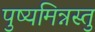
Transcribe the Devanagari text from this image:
पुष्यमिन्नस्तु